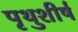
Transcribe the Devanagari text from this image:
पृथुशीर्ष